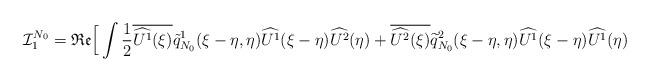
LaTeX: \begin{align*} \mathcal{I}_{1}^{N_0} = \mathfrak{Re} \Big[ \int \frac{1}{2}\overline{\widehat{ U^1 }(\xi)} \tilde{q}_{N_0}^1 (\xi-\eta, \eta)\widehat{U^1}(\xi-\eta) \widehat{U^2}(\eta) + \overline{\widehat{U^2}(\xi)} \widetilde{q}_{N_0}^2 (\xi-\eta, \eta) \widehat{U^1}(\xi-\eta) \widehat{U^1}(\eta) \end{align*}